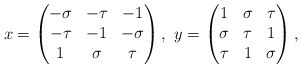
\begin{align*}x=\begin{pmatrix} -\sigma & -\tau & -1\\-\tau & -1 &-\sigma\\ 1 & \sigma& \tau \end{pmatrix}, \ y=\begin{pmatrix} 1 &\sigma&\tau \\ \sigma& \tau & 1\\ \tau & 1 & \sigma \end{pmatrix},\end{align*}